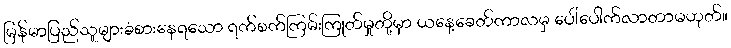
မြန်မာပြည်သူများခံစားနေရသော ရက်စက်ကြမ်းကြုတ်မှုတို့မှာ ယနေ့ခေတ်ကာလမှ ပေါ်ပေါက်လာတာမဟုတ်။